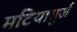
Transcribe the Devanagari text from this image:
मटियाबुर्ज